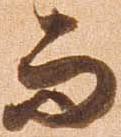
而